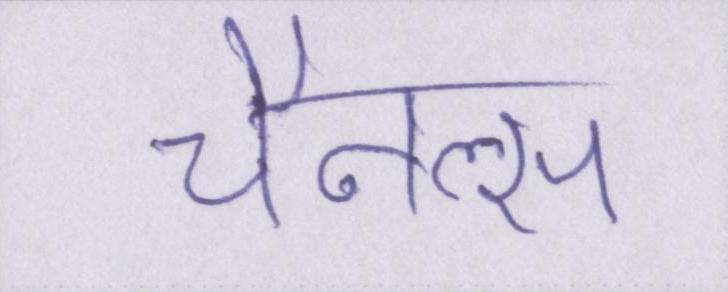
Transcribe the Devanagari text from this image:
चैनल्स